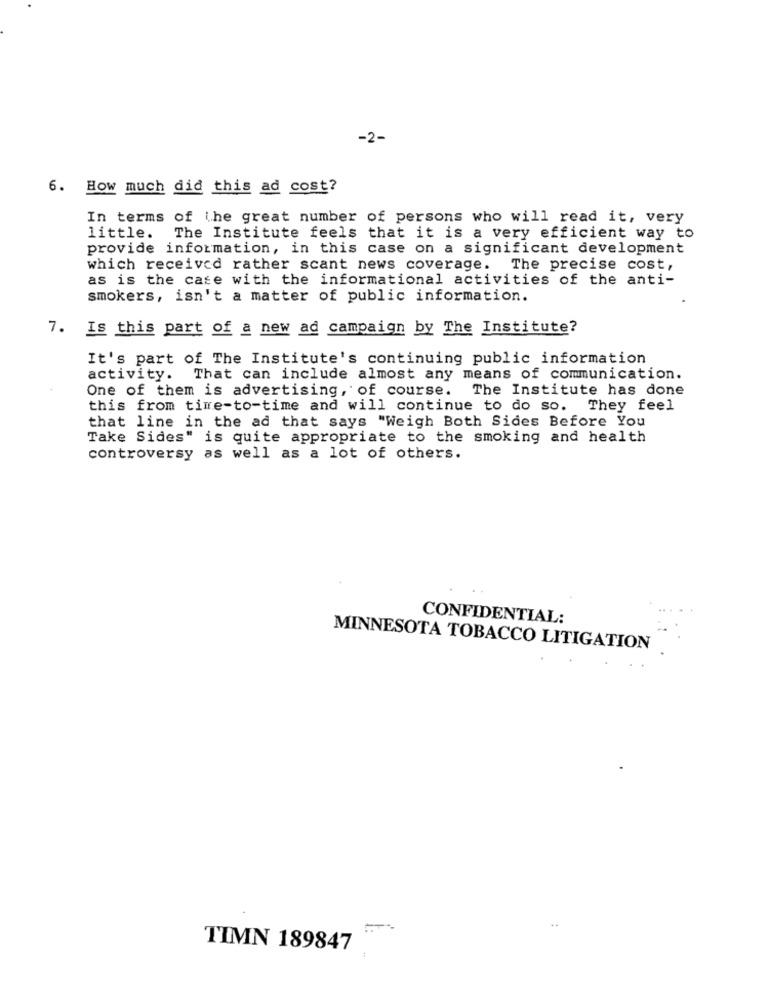
-2-
6. How much did this ad cost?
In terms of the great number of persons who will read it, very
little. The Institute feels that it is a very efficient way to
provide information, in this case on a significant development
which received rather scant news coverage. The precise cost,
as is the case with the informational activities of the anti-
smokers, isn't a matter of public information.
7. Is this part of a new ad campaign by The Institute?
It's part of The Institute's continuing public information
activity. That can include almost any means of communication.
One of them is advertising, of course. The Institute has done
this from time-to-time and will continue to do so. They feel
that line in the ad that says "Weigh Both Sides Before You
Take Sides" is quite appropriate to the smoking and health
controversy as well as a lot of others.
CONFIDENTIAL:
MINNESOTA TOBACCO LITIGATION
TIMN 189847